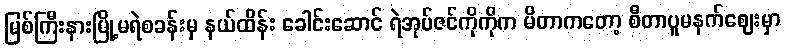
မြစ်ကြီးနားမြို့မရဲစခန်းမှ နယ်ထိန်း ခေါင်းဆောင် ရဲအုပ်ဇင်ကိုကိုက မိတာကတော့ စီတာပူမနက်ဈေးမှာ